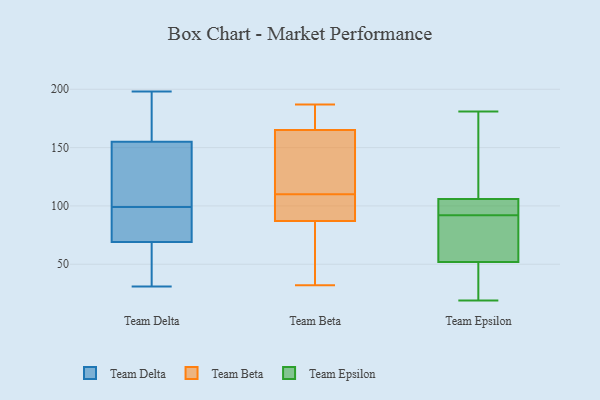
{"axis": {"x": "Production Output", "y": "Value"}, "legend": ["Team Beta", "Team Delta", "Team Epsilon"], "data": [{"x": "", "y": 126, "type": "Team Delta"}, {"x": "", "y": 69, "type": "Team Delta"}, {"x": "", "y": 91, "type": "Team Delta"}, {"x": "", "y": 67, "type": "Team Delta"}, {"x": "", "y": 155, "type": "Team Delta"}, {"x": "", "y": 31, "type": "Team Delta"}, {"x": "", "y": 77, "type": "Team Delta"}, {"x": "", "y": 107, "type": "Team Delta"}, {"x": "", "y": 198, "type": "Team Delta"}, {"x": "", "y": 172, "type": "Team Delta"}, {"x": "", "y": 166, "type": "Team Beta"}, {"x": "", "y": 185, "type": "Team Beta"}, {"x": "", "y": 68, "type": "Team Beta"}, {"x": "", "y": 122, "type": "Team Beta"}, {"x": "", "y": 111, "type": "Team Beta"}, {"x": "", "y": 97, "type": "Team Beta"}, {"x": "", "y": 116, "type": "Team Beta"}, {"x": "", "y": 87, "type": "Team Beta"}, {"x": "", "y": 32, "type": "Team Beta"}, {"x": "", "y": 109, "type": "Team Beta"}, {"x": "", "y": 107, "type": "Team Beta"}, {"x": "", "y": 187, "type": "Team Beta"}, {"x": "", "y": 47, "type": "Team Beta"}, {"x": "", "y": 165, "type": "Team Beta"}, {"x": "", "y": 40, "type": "Team Epsilon"}, {"x": "", "y": 23, "type": "Team Epsilon"}, {"x": "", "y": 48, "type": "Team Epsilon"}, {"x": "", "y": 103, "type": "Team Epsilon"}, {"x": "", "y": 19, "type": "Team Epsilon"}, {"x": "", "y": 115, "type": "Team Epsilon"}, {"x": "", "y": 64, "type": "Team Epsilon"}, {"x": "", "y": 102, "type": "Team Epsilon"}, {"x": "", "y": 92, "type": "Team Epsilon"}, {"x": "", "y": 92, "type": "Team Epsilon"}, {"x": "", "y": 93, "type": "Team Epsilon"}, {"x": "", "y": 181, "type": "Team Epsilon"}, {"x": "", "y": 83, "type": "Team Epsilon"}, {"x": "", "y": 173, "type": "Team Epsilon"}, {"x": "", "y": 107, "type": "Team Epsilon"}]}